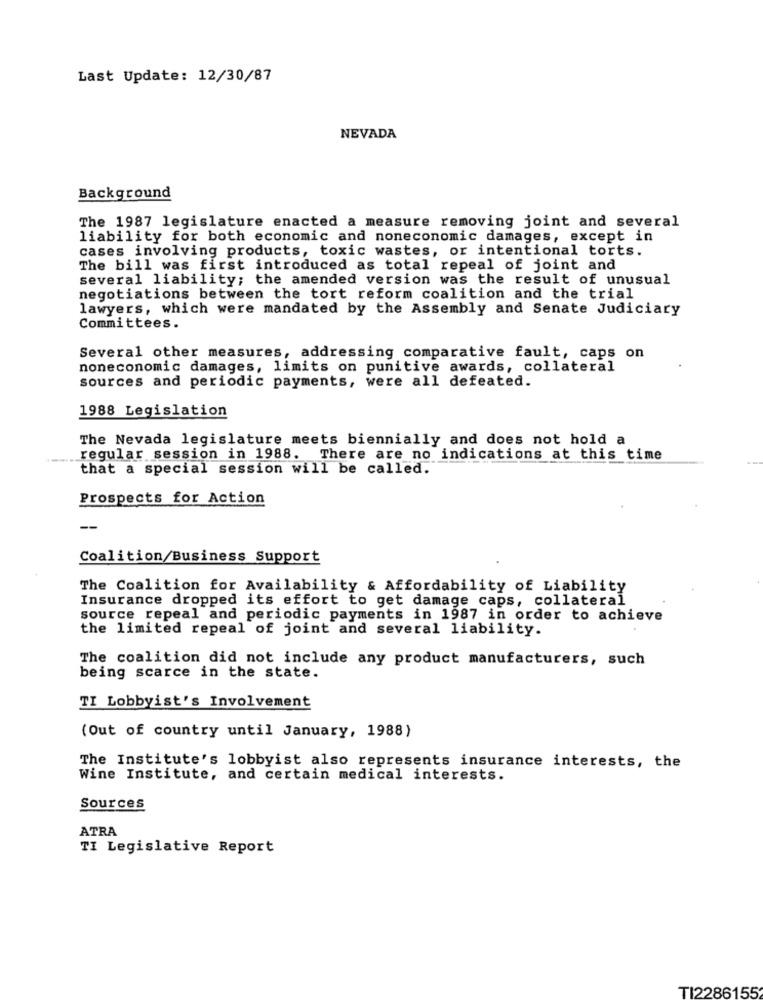
Last Update: 12/30/87
NEVADA
Background
The 1987 legislature enacted a measure removing joint and several
liability for both economic and noneconomic damages, except in
cases involving products, toxic wastes, or intentional torts.
The bill was first introduced as total repeal of joint and
several liability; the amended version was the result of unusual
negotiations between the tort reform coalition and the trial
lawyers, which were mandated by the Assembly and Senate Judiciary
Committees.
Several other measures, addressing comparative fault, caps on
noneconomic damages, limits on punitive awards, collateral
sources and periodic payments, were all defeated.
1988 Legislation
The Nevada legislature meets biennially and does not hold a
regular session in 1988. There are no indications at this time
that a special session will be called.
Prospects for Action
--
Coalition/Business Support
The Coalition for Availability & Affordability of Liability
Insurance dropped its effort to get damage caps, collateral
source repeal and periodic payments in 1987 in order to achieve
the limited repeal of joint and several liability.
The coalition did not include any product manufacturers, such
being scarce in the state.
TI Lobbyist's Involvement
(Out of country until January, 1988)
The Institute's lobbyist also represents insurance interests, the
Wine Institute, and certain medical interests.
Sources
ATRA
TI Legislative Report
TI22861552